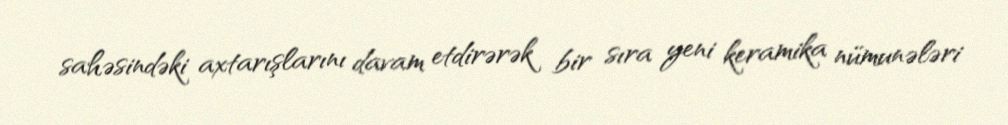
sahəsindəki axtarışlarını davam etdirərək bir sıra yeni keramika nümunələri